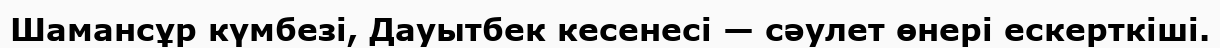
Шамансұр күмбезі, Дауытбек кесенесі — сәулет өнері ескерткіші.